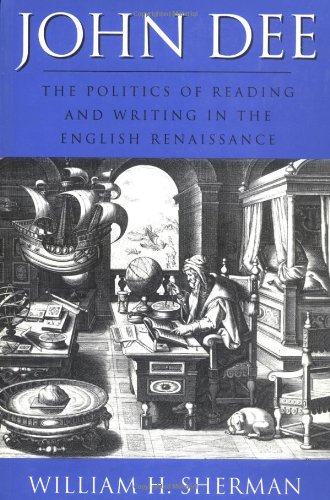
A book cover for John Dee: The Politics of Reading and Writing in the English Renaissance (Massachusetts Studies in Early Modern Culture); William Sherman; Biographies & Memoirs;